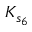
K _ { s _ { 6 } }